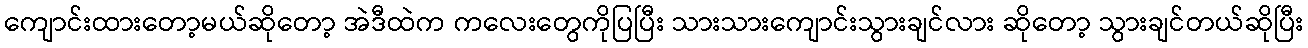
ကျောင်းထားတော့မယ်ဆိုတော့ အဲဒီထဲက ကလေးတွေကိုပြပြီး သားသားကျောင်းသွားချင်လား ဆိုတော့ သွားချင်တယ်ဆိုပြီး